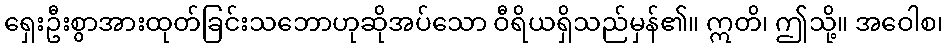
ရှေးဦးစွာအားထုတ်ခြင်းသဘောဟုဆိုအပ်သော ဝီရိယရှိသည်မှန်၏။ ဣတိ၊ ဤသို့။ အဝေါစ၊